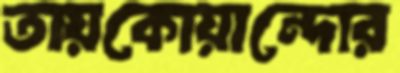
তায়কোয়ান্দোর